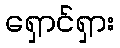
ရှောင်ရှား